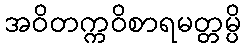
အဝိတက္ကဝိစာရမတ္တမ္ပိ